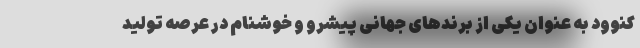
کنوود به عنوان یکی از برندهای جهانی پیشرو و خوشنام در عرصه تولید